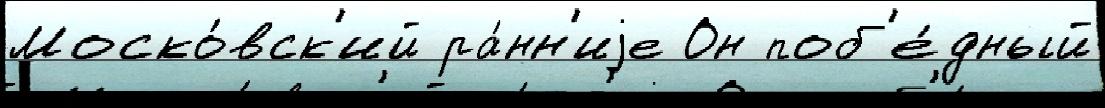
Моско́вск'ий ра́нн'иjе Он поб'е́дный